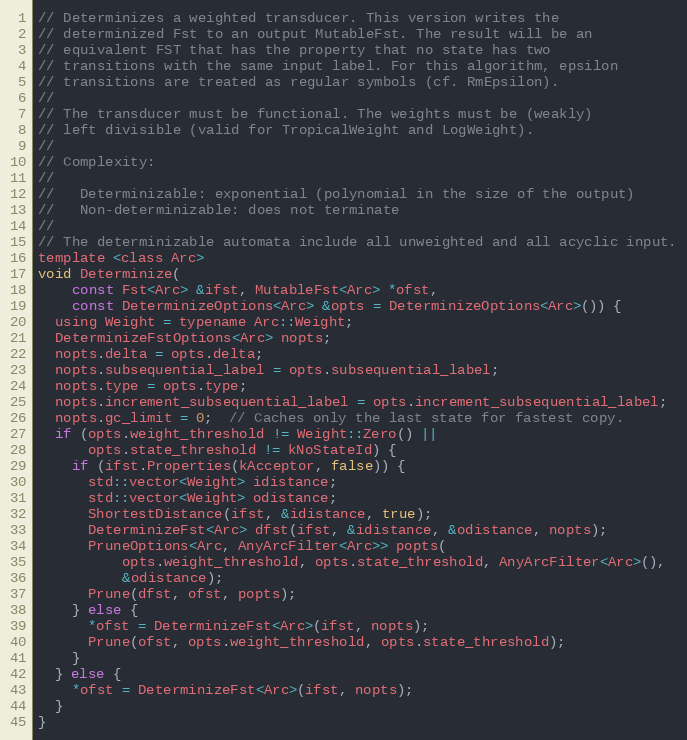
Language: C
// Determinizes a weighted transducer. This version writes the
// determinized Fst to an output MutableFst. The result will be an
// equivalent FST that has the property that no state has two
// transitions with the same input label. For this algorithm, epsilon
// transitions are treated as regular symbols (cf. RmEpsilon).
//
// The transducer must be functional. The weights must be (weakly)
// left divisible (valid for TropicalWeight and LogWeight).
//
// Complexity:
//
//   Determinizable: exponential (polynomial in the size of the output)
//   Non-determinizable: does not terminate
//
// The determinizable automata include all unweighted and all acyclic input.
template <class Arc>
void Determinize(
    const Fst<Arc> &ifst, MutableFst<Arc> *ofst,
    const DeterminizeOptions<Arc> &opts = DeterminizeOptions<Arc>()) {
  using Weight = typename Arc::Weight;
  DeterminizeFstOptions<Arc> nopts;
  nopts.delta = opts.delta;
  nopts.subsequential_label = opts.subsequential_label;
  nopts.type = opts.type;
  nopts.increment_subsequential_label = opts.increment_subsequential_label;
  nopts.gc_limit = 0;  // Caches only the last state for fastest copy.
  if (opts.weight_threshold != Weight::Zero() ||
      opts.state_threshold != kNoStateId) {
    if (ifst.Properties(kAcceptor, false)) {
      std::vector<Weight> idistance;
      std::vector<Weight> odistance;
      ShortestDistance(ifst, &idistance, true);
      DeterminizeFst<Arc> dfst(ifst, &idistance, &odistance, nopts);
      PruneOptions<Arc, AnyArcFilter<Arc>> popts(
          opts.weight_threshold, opts.state_threshold, AnyArcFilter<Arc>(),
          &odistance);
      Prune(dfst, ofst, popts);
    } else {
      *ofst = DeterminizeFst<Arc>(ifst, nopts);
      Prune(ofst, opts.weight_threshold, opts.state_threshold);
    }
  } else {
    *ofst = DeterminizeFst<Arc>(ifst, nopts);
  }
}